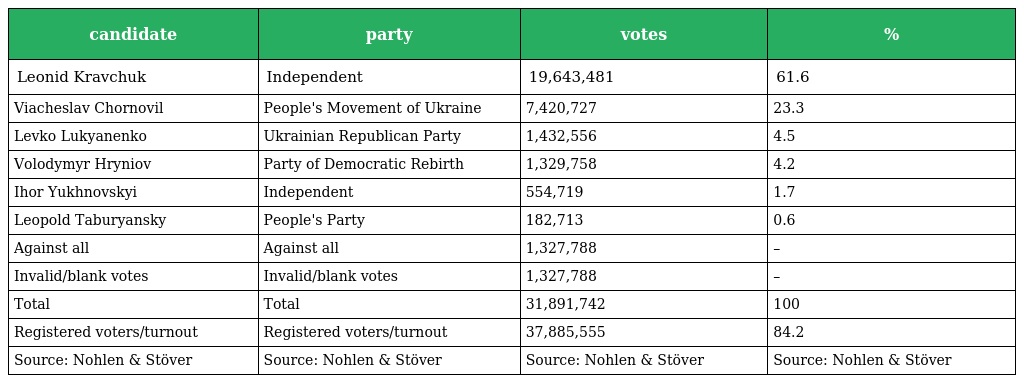
| candidate | party | votes | % |
 | --- | --- | --- | --- |
 | Leonid Kravchuk | Independent | 19,643,481 | 61.6 |
 | Viacheslav Chornovil | People's Movement of Ukraine | 7,420,727 | 23.3 |
 | Levko Lukyanenko | Ukrainian Republican Party | 1,432,556 | 4.5 |
 | Volodymyr Hryniov | Party of Democratic Rebirth | 1,329,758 | 4.2 |
 | Ihor Yukhnovskyi | Independent | 554,719 | 1.7 |
 | Leopold Taburyansky | People's Party | 182,713 | 0.6 |
 | Against all | Against all | 1,327,788 | – |
 | Invalid/blank votes | Invalid/blank votes | 1,327,788 | – |
 | Total | Total | 31,891,742 | 100 |
 | Registered voters/turnout | Registered voters/turnout | 37,885,555 | 84.2 |
 | Source: Nohlen & Stöver | Source: Nohlen & Stöver | Source: Nohlen & Stöver | Source: Nohlen & Stöver |